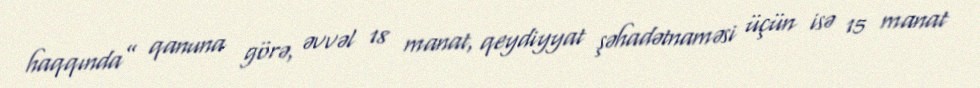
haqqında” qanuna görə, əvvəl 18 manat, qeydiyyat şəhadətnaməsi üçün isə 15 manat